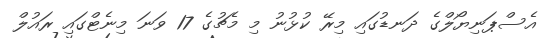
އެސްޕަނިޔޯލްގެ ދަނޑުގައި މިރޭ ކުޅުނު މި މެޗުގެ 17 ވަނަ މިނެޓްގައި ރައުލް